Vaccine operations Central Provinces & Berar 1922-1929 - 1922-1929
Year: 1922
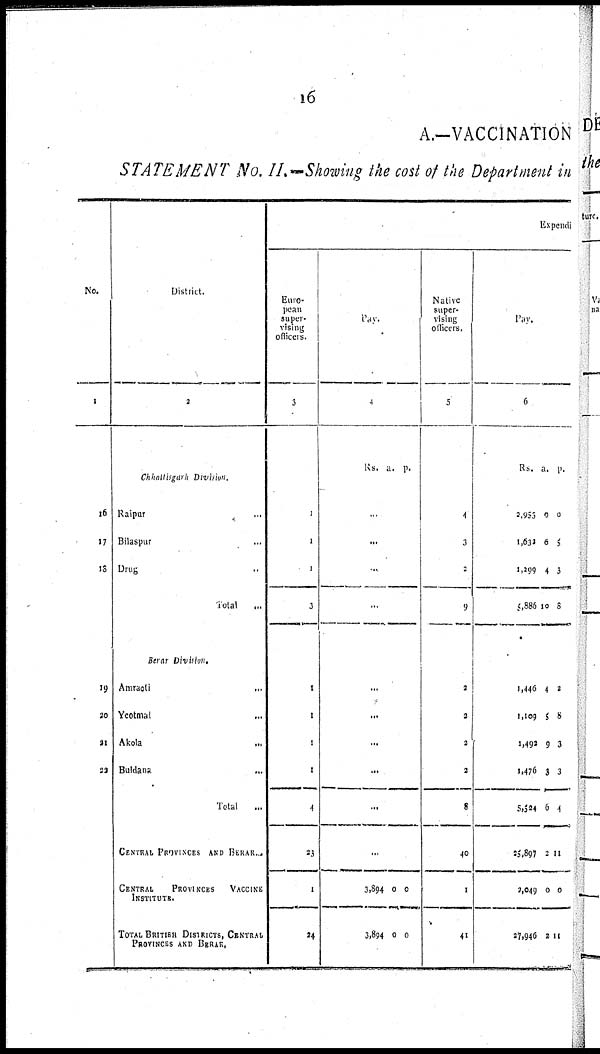
16
A.—VACCINATION
STATEMENT No. II.—Showing the cost of the Department in
No.
1
16
17
18
19
20
21
22
District.
2
Chhattisgarh
Division.
Raipur
...
Bilaspur ...
Drug ...
Total
...
Berar Division.
Amraoti
...
Yeotmal
...
Akola
...
Buldana
...
Total
...
CENTRAL PROVINCES AND BERAR.
CENTRAL
PROVINCES
VACCINE
INSTITUTE.
TOTAL BRITISH DISTRICTS, CENTRAL
PROVINCES AND BERAR.
Expendi
Euro¬
pean
super-
vising
officers.
3
1
1
1
3
1
1
1
1
4
23
1
24
Pay.
4
Rs. a. p.
...
...
...
...
...
...
...
...
...
...
3,894
3,894
0
0
0
0
Native
super-
vising
officers.
5
4
3
2
9
2
2
2
2
8
40
1
41
Pay.
6
Rs.
2,955
1,632
1,299
5,886
a.
0
6
4
10
p.
0
5
3
8
1,446
1,109
1,492
1,476
5,524
25,897
2,049
27,946
4
5
9
3
6
2
0
2
2
8
3
3
4
11
0
11